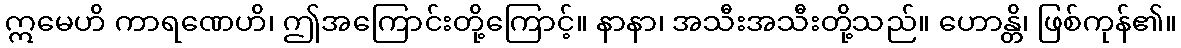
ဣမေဟိ ကာရဏေဟိ၊ ဤအကြောင်းတို့ကြောင့်။ နာနာ၊ အသီးအသီးတို့သည်။ ဟောန္တိ၊ ဖြစ်ကုန်၏။